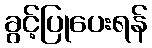
ခွင့်ပြုပေးရန်